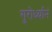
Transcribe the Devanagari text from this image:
गुरोर्ध्यानं